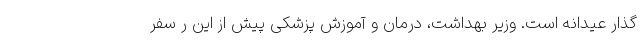
گذار عیدانه است. وزیر بهداشت، درمان و آموزش پزشکی پیش از این ر سفر